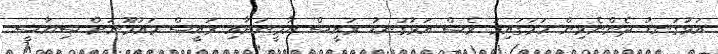
އަޅުގަނޑު ދެންނެވިން ހަމަގައިމު ވެސް އަޅުގަނޑު ރައީސް ޔާމީނަށާއި ރައީސް މައުމޫނަށް ސިޔާސީ